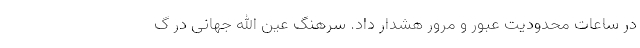
در ساعات محدودیت عبور و مرور هشدار داد. سرهنگ عین الله جهانی در گ